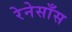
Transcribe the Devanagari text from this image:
रेनेसाँस